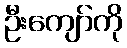
ဦးကျော်ကို